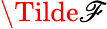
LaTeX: \Tilde{\mathscr{F}}